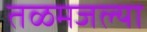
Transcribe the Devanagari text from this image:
तळमजल्या